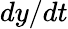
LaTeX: dy/dt